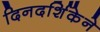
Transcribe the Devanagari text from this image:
दिनदर्शिकेने